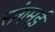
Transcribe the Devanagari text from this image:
रांगमई